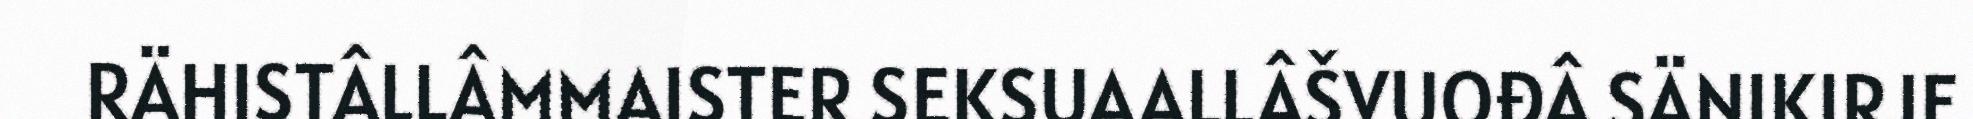
RÄHISTÂLLÂMMAISTER SEKSUAALLÂŠVUOĐÂ SÄNIKIRJE